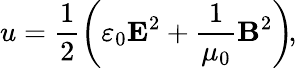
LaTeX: u={\frac{1}{2}}\! \left(\varepsilon_{0}\mathbf{E}^{2}+{\frac{1}{\mu_{0}}}\mathbf{B}^{2}\right)\! ,